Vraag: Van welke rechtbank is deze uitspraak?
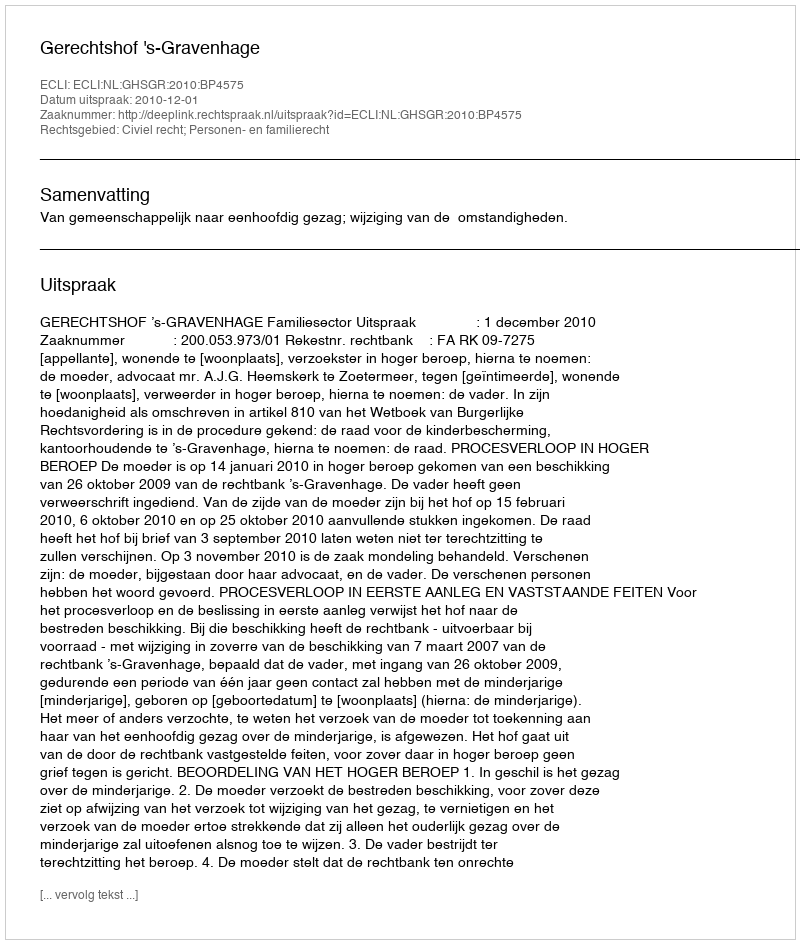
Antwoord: Gerechtshof 's-Gravenhage